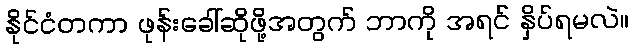
နိုင်ငံတကာ ဖုန်းခေါ်ဆိုဖို့အတွက် ဘာကို အရင် နှိပ်ရမလဲ။